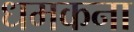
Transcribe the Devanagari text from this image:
धमकना